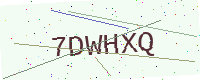
Text: 7DWHXQ